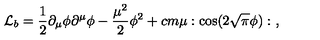
{ \cal L } _ { b } = { \frac { 1 } { 2 } } \partial _ { \mu } \phi \partial ^ { \mu } \phi - { \frac { \mu ^ { 2 } } { 2 } } \phi ^ { 2 } + c m \mu : \cos ( 2 \sqrt { \pi } \phi ) : \ ,